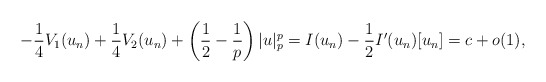
\begin{align*}- \frac{1}{4}V_1(u_n) + \frac{1}{4} V_2(u_n) + \left(\frac{1}{2} - \frac{1}{p}\right)|u|^p_p = I(u_n) -\frac{1}{2}I'(u_n)[u_n] = c + o(1),\end{align*}